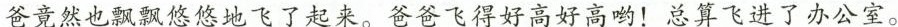
爸竟然也飘飘悠悠地飞了起来。爸爸飞得好高好高哟！总算飞进了办公室。